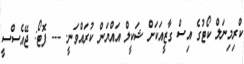
ކްރިމިނަލް ކޯޓުގެ އިސް ގާޒީއަކަށް ޝަކީލް އައްޔަން ކުރައްވަނީ. --- ފޮޓޯ: ޖޭއެސްސީ